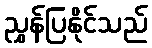
ညွှန်ပြနိုင်သည်